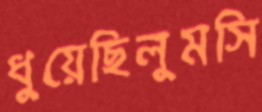
ধুয়েছিলুমসি